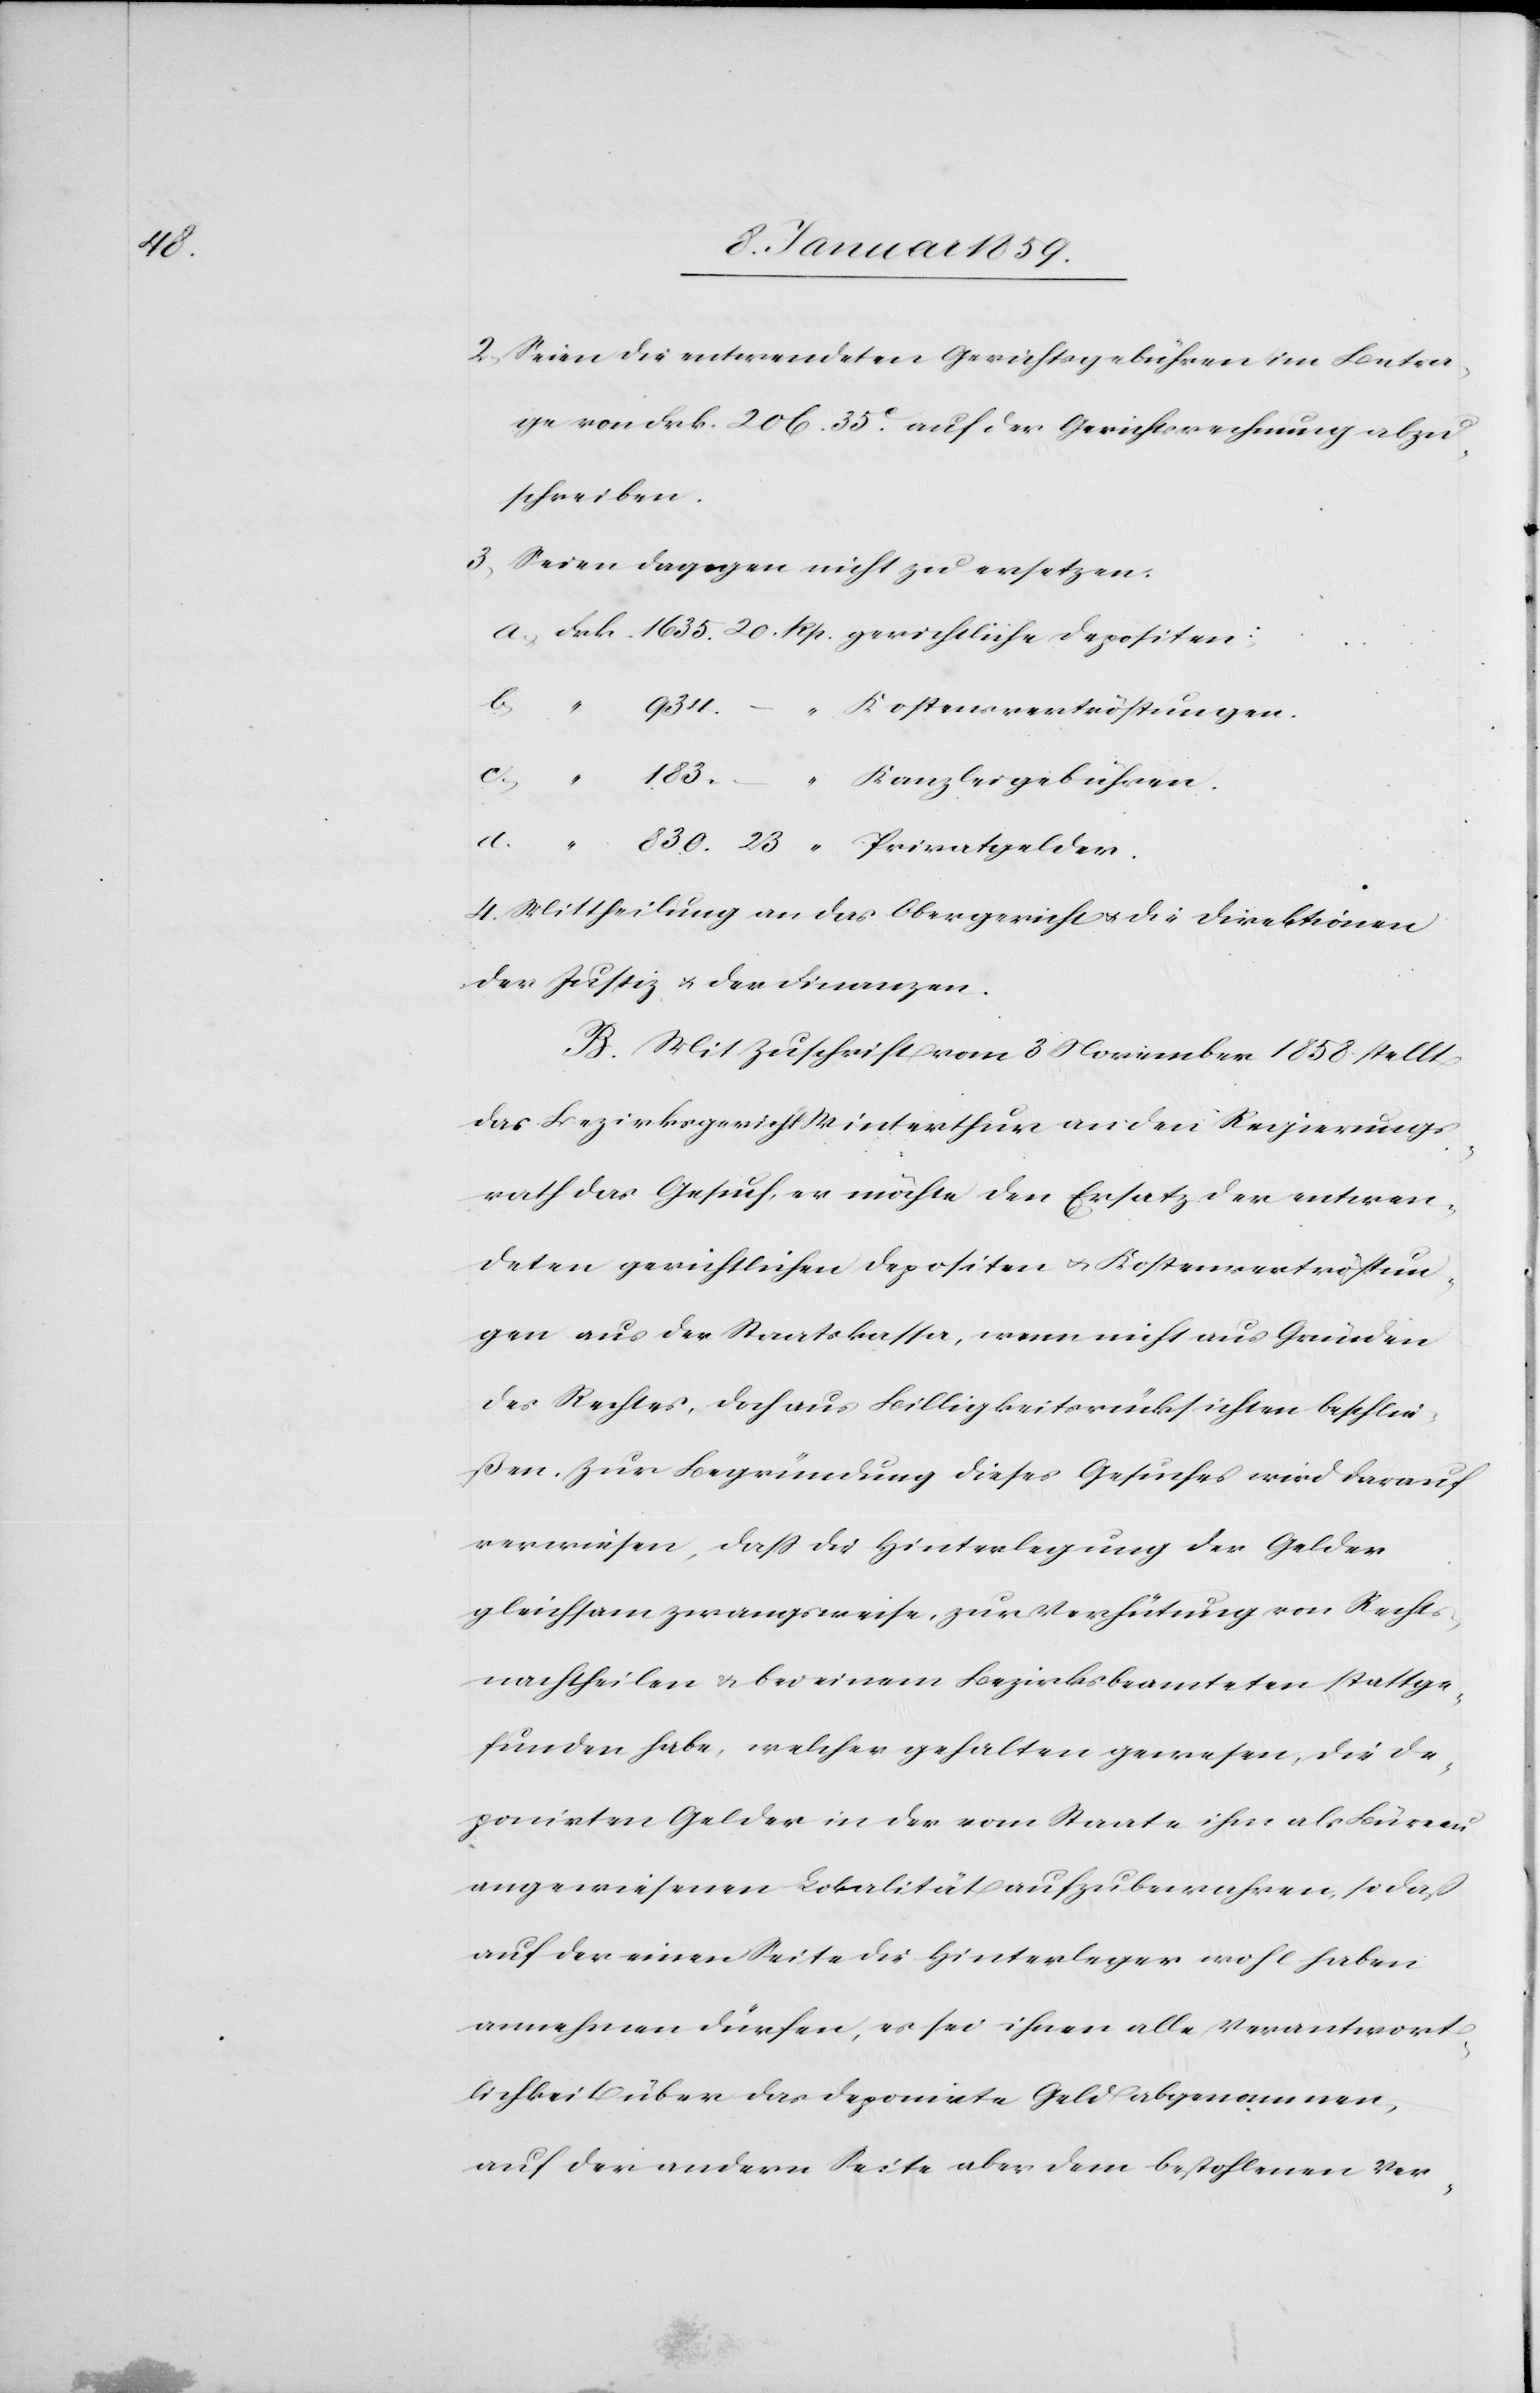
d.

2. Seien die entwendeten Gerichtsgebühren im Betra¬
ge von Frk. 206. 35c. auf der Gerichtsrechnung abzu¬
schreiben.
3. Seien dagegen nicht zu ersetzen:
c.
Kostensvertröstungen.
Kanzleigebühren.
4. Mittheilung an das Obergericht u. die Direktionen
der Justiz u. der Finanzen.
B. Mit Zuschrift vom 3. November 1858 stellt
das Bezirksgericht Winterthur an den Regierungs¬
rath das Gesuch, er möchte den Ersatz der entwen¬
deten gerichtlichen Depositen u. Kostenvertröstun¬
gen aus der Staatskassa, wenn nicht aus Gründen
des Rechtes, doch aus Billigkeitsrücksichten beschlie¬
ßen. Zur Begründung dieses Gesuches wird darauf
verwiesen, daß die Hinterlegung der Gelder
gleichsam zwangsweise, zur Verhütung von Rechts¬
nachtheilen u. bei einem Bezirksbeamteten stattge¬
funden habe, welcher gehalten gewesen, die de¬
ponirten Gelder in der vom Staate ihm als Büreau
angewiesenen Lokalität aufzubewahren, so daß
auf der einen Seite die Hinterleger wohl haben
annehmen dürfen, es sei ihnen alle Verantwort¬
lichkeit über das deponirte Geld abgenommen,
auf der andern Seite aber dem bestohlenen Ver-